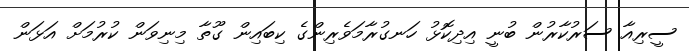
ސީރިއާ ސަރުކާރުން ބުނީ އިދިކޮޅު ހަނގުރާމަވެރިންގެ ކިބައިން ގޫތާ މިނިވަން ކުރުމަށް އަޅަން